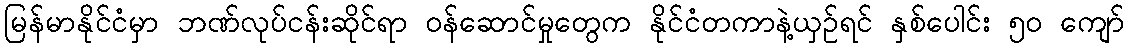
မြန်မာနိုင်ငံမှာ ဘဏ်လုပ်ငန်းဆိုင်ရာ ဝန်ဆောင်မှုတွေက နိုင်ငံတကာနဲ့ယှဉ်ရင် နှစ်ပေါင်း ၅၀ ကျော်